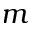
m